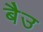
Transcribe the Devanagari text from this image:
बैउ